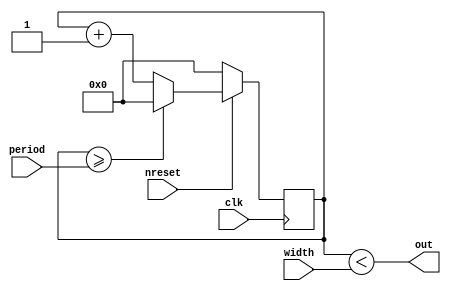

module pwm #(
		parameter BITS = 24,
		parameter BITS_WIDTH = 24
	) (
		input wire nreset,
		input wire clk,

		input wire[BITS + 1:0] period,
		input wire[BITS + 1:0] width,

		output wire out
	);

	reg[BITS + 1:0] cnt = 0;
	wire[BITS + 1:0] border = width << (BITS- BITS_WIDTH);
	//wire[BITS + 1:0] border = width;

	assign out = cnt < border;

	always @(posedge clk) begin
		if (!nreset) begin
			cnt <= 0;
		end else begin
			if (cnt >= period) begin
				cnt <= 0;
			end else begin
				cnt <= cnt + 1;
			end
		end
	end

endmodule